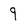
Character: 9